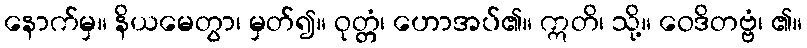
နောက်မှ။ နိယမေတွာ၊ မှတ်၍။ ဝုတ္တံ၊ ဟောအပ်၏။ ဣတိ၊ သို့။ ဝေဒိတဗ္ဗံ၊ ၏။